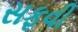
સફવી